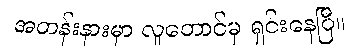
အတန်းနားမှာ လူတောင်မှ ရှင်းနေပြီ။